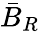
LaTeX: \bar{B}_{{R}}